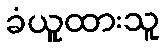
ခံယူထားသူ